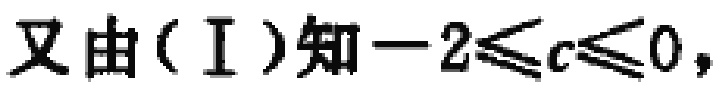
又由（I）知\(-2\leqslant c\leqslant0\)，